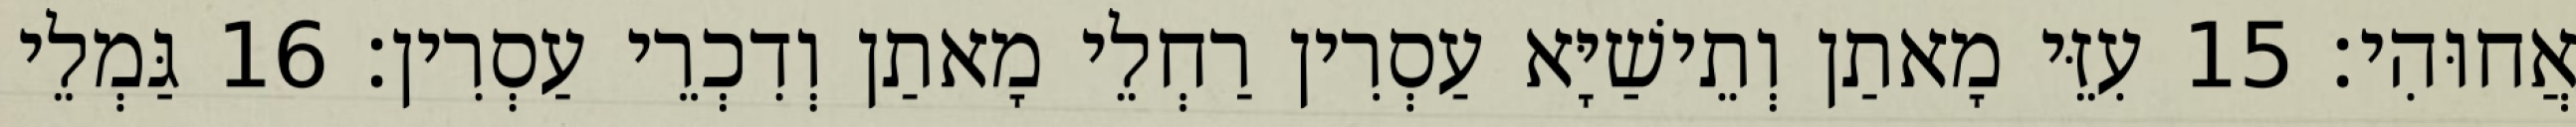
אֲחוּהִי׃ 15 עִזֵּי מָאתַן וְתֵישַׁיָּא עַסְרִין רַחְלֵי מָאתַן וְדִכְרֵי עַסְרִין׃ 16 גַּמְלֵי